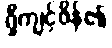
ရှီကျင့်ဖိန်၏